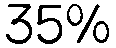
35%